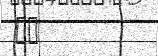
٨٠